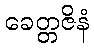
ခေတ္တဇိနံ